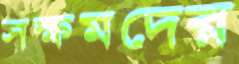
সক্ষমদের